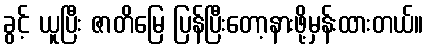
ခွင့် ယူပြီး ဇာတိမြေ ပြန်ပြီးတော့နားဖို့မှန်းထားတယ်။